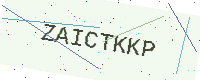
Text: ZAICTKKP